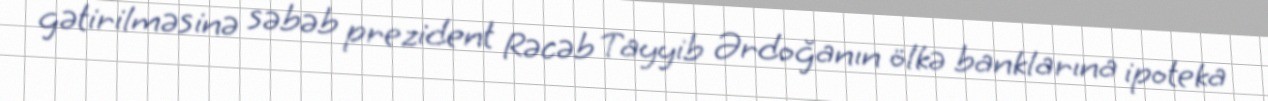
gətirilməsinə səbəb prezident Rəcəb Tayyib Ərdoğanın ölkə banklarına ipoteka